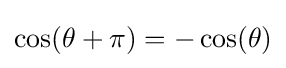
\cos(\theta +\pi )=-\cos(\theta )